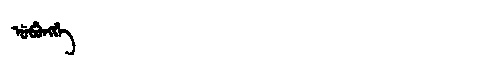
Manchu: ᡠᠪᡠᠩᡤᡝ
Romanization: UBUNGGE